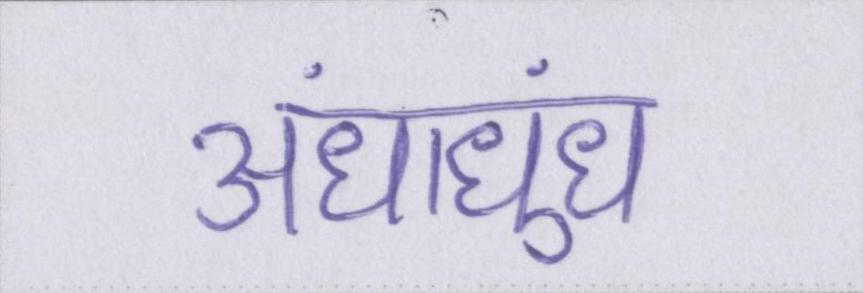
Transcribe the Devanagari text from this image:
अंधाधुंध